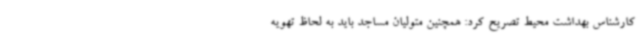
کارشناس بهداشت محیط تصریح کرد: همچنین متولیان مساجد باید به لحاظ تهویه